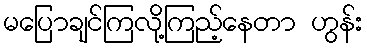
မပြောချင်ကြလို့ကြည့်နေတာ ဟွန်း